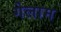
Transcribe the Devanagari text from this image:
गेलाम